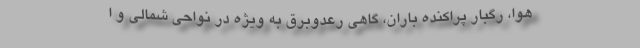
هوا، رگبار پراکنده باران، گاهی رعدوبرق به ویژه در نواحی شمالی و ا